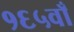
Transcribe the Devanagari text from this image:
१६५वाँ